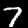
Digit: 7